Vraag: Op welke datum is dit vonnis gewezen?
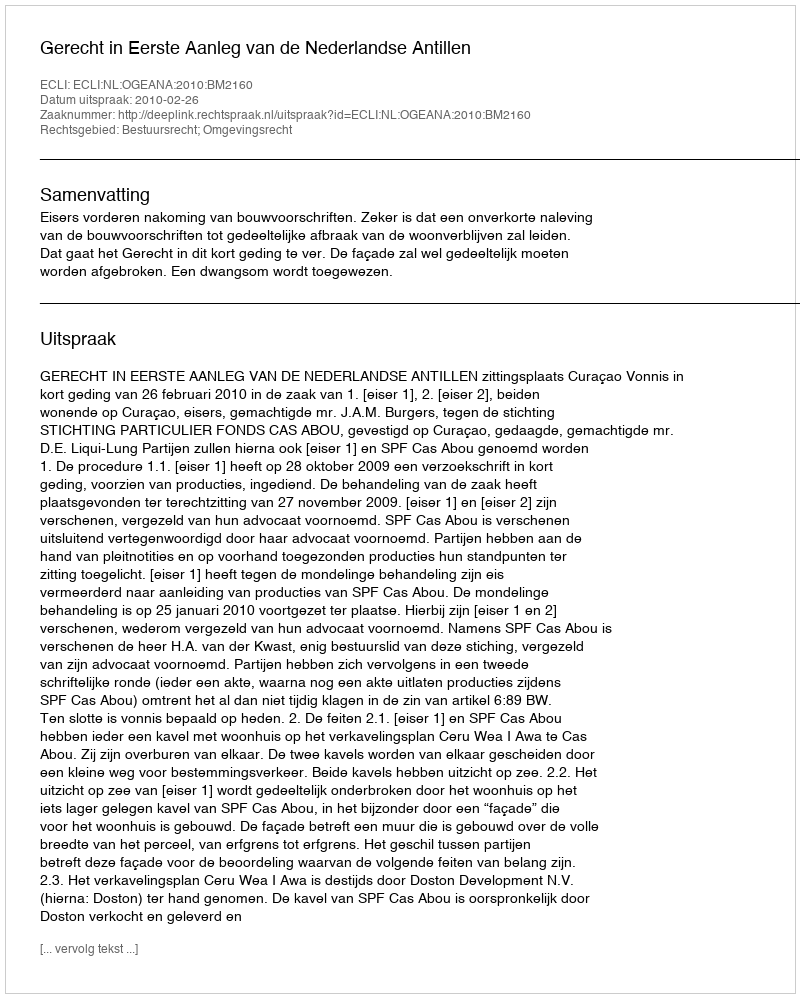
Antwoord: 2010-02-26